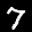
Label: 7